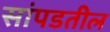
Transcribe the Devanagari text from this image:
सांपडतील